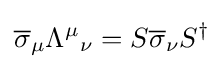
{\overline {\sigma }}_{\mu }{\Lambda ^{\mu }}_{\nu }=S{\overline {\sigma }}_{\nu }S^{\dagger }